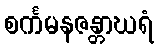
စင်္ကမနဇန္တာဃရံ